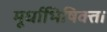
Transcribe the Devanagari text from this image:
मूर्धाभिषिक्ता